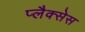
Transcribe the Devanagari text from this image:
प्लैक्सेस